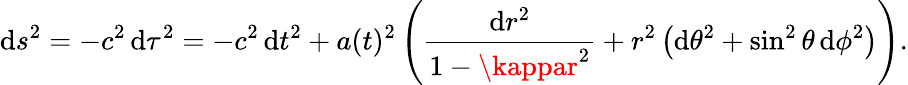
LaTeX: \mathrm{d}s^{2}=-c^{2}\, \mathrm{d}\tau^{2}=-c^{2}\, \mathrm{d}t^{2}+a(t)^{2}\left({\frac{{\mathrm{d}r^{2}}}{{1-\kappar^{2}}}}+r^{2}\left(\mathrm{d}\theta^{2}+\sin^{2}\theta\, \mathrm{d}\phi^{2}\right)\right).